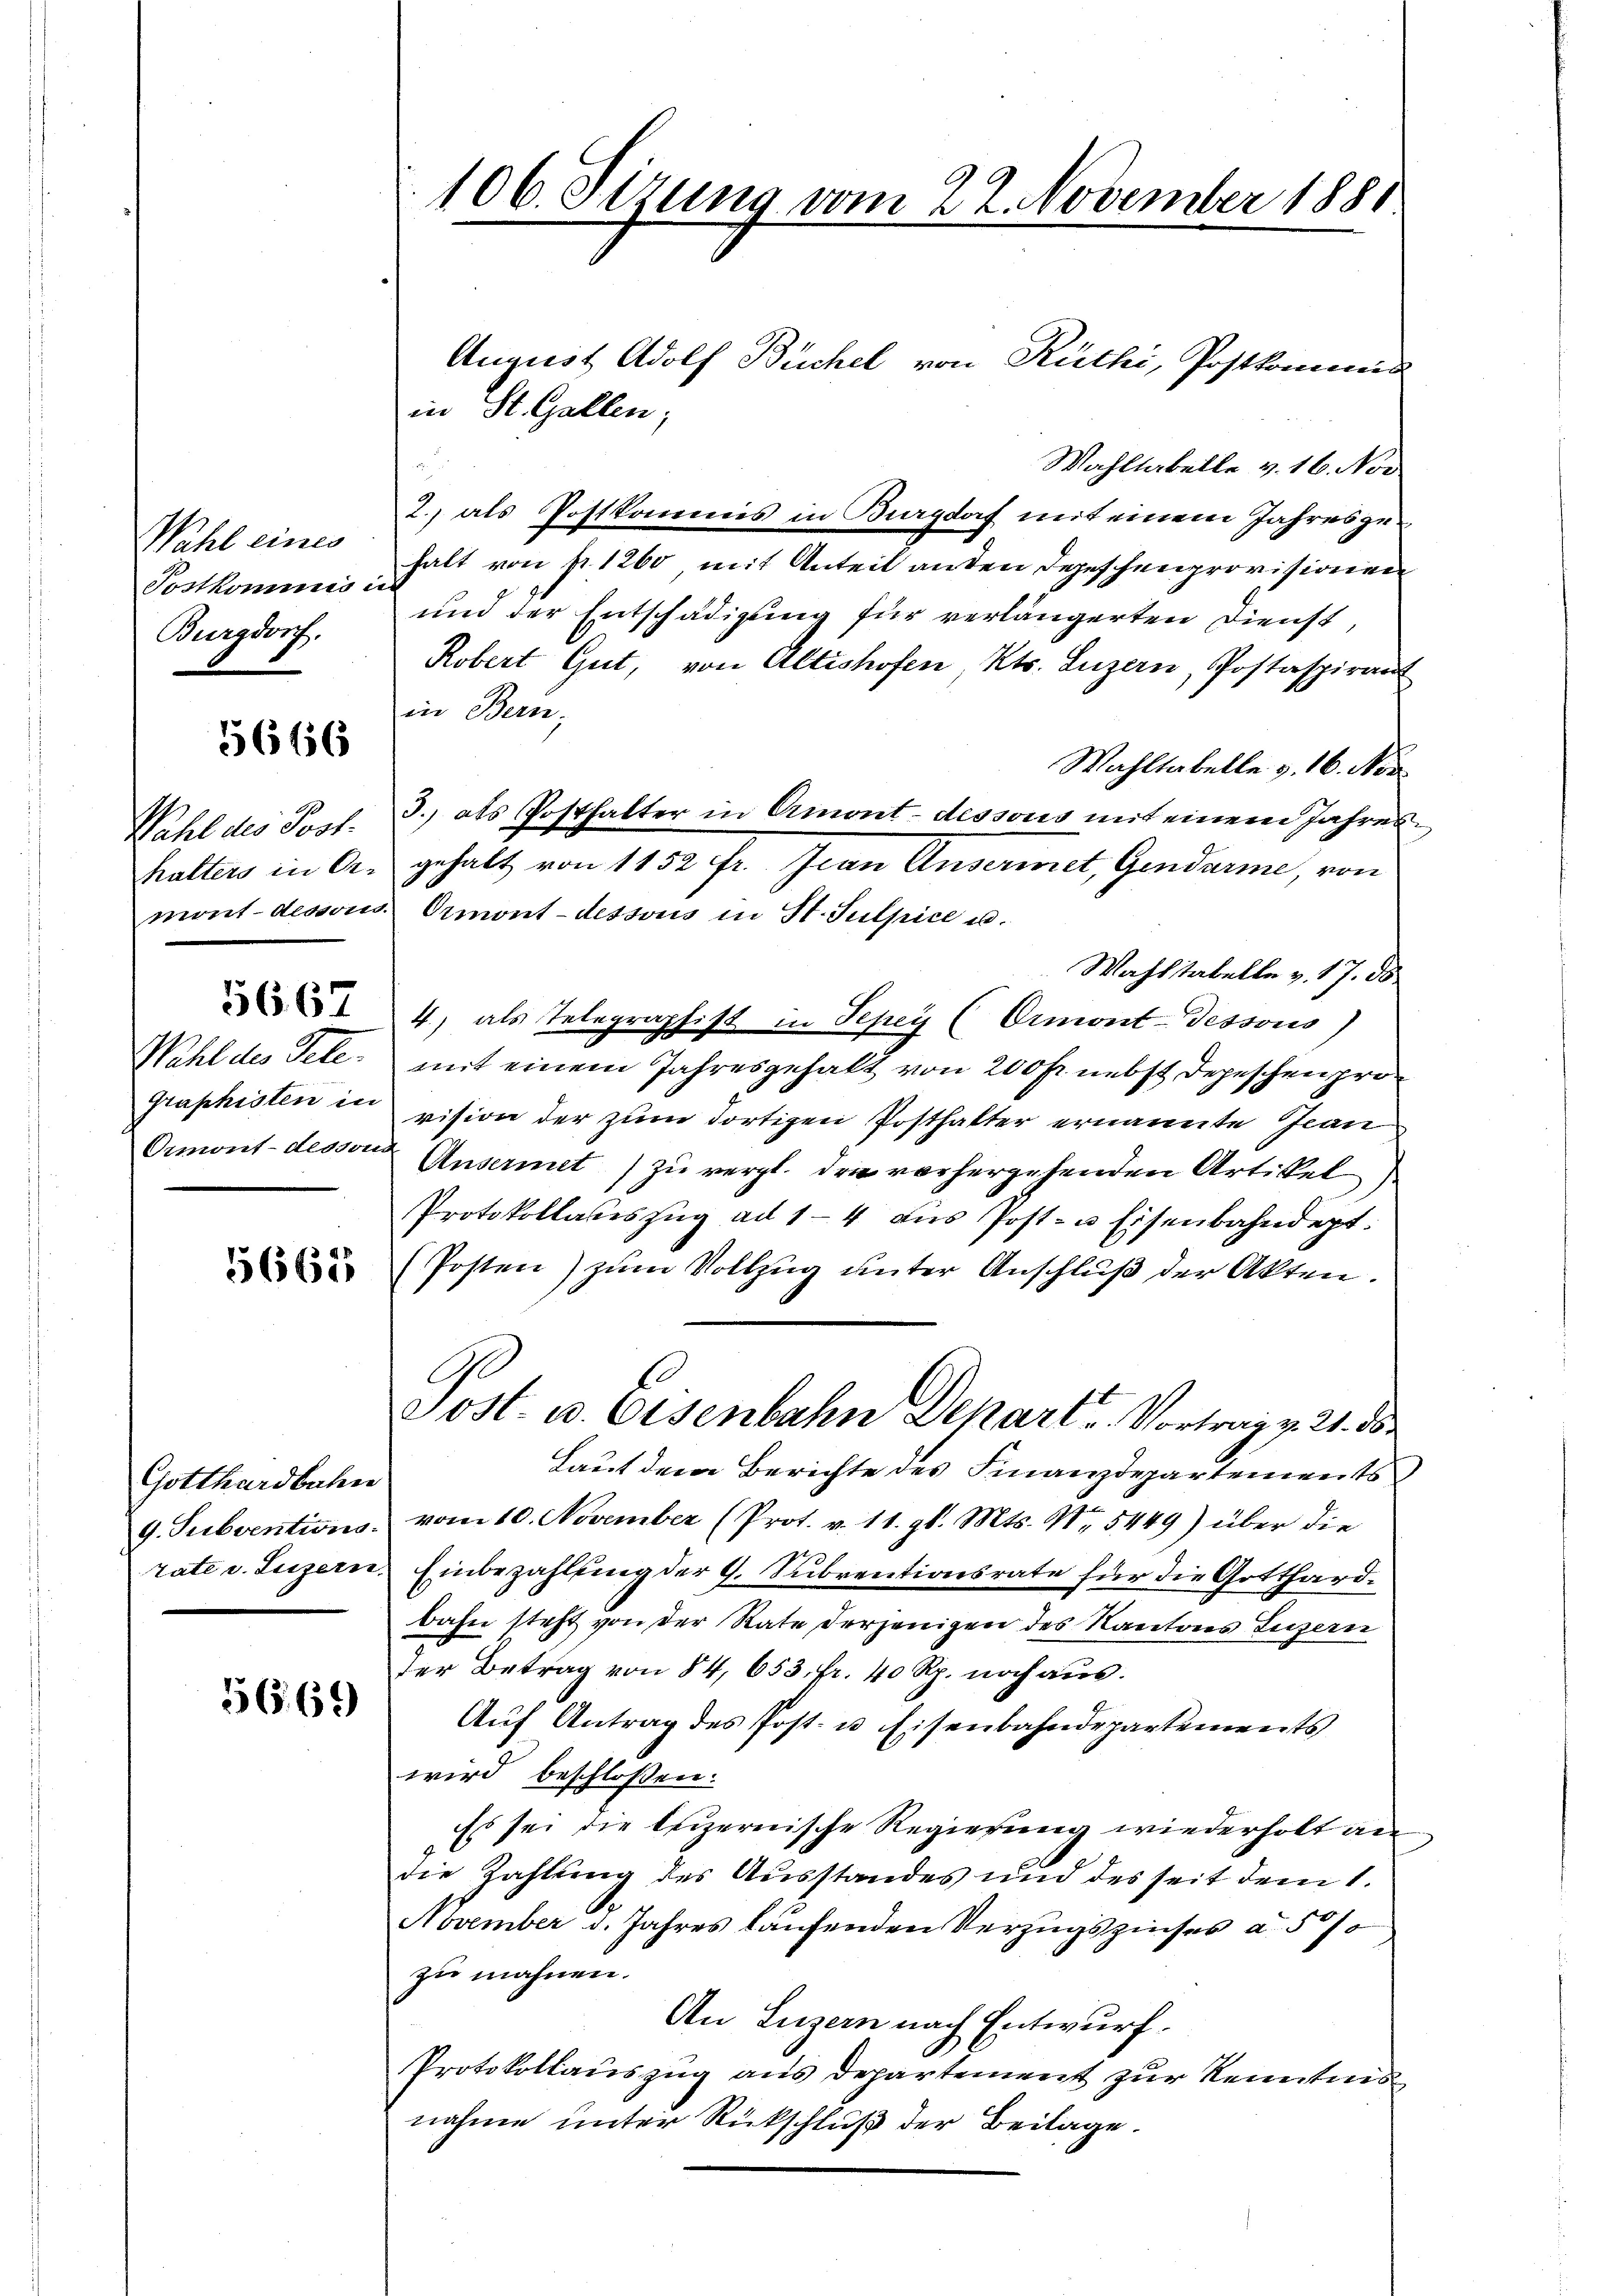
Wahl eines
Postkommis in
Burgdorf.

5666

Ormont-dessend

Gotthardbahn

56. 69

August Adolf Büchel von Rüthi, Postkommis
.
Wahllabelle v. 16. Nov
2.) als Postkommis in Burgdorf mit einem Jahresgehalt von fr. 1260, mit Anteil anden Depeschenprovisionen
und der Entschädigung für verlängerten Dienst,
Robert Gut, von Altishofen, Kts. Luzern, Postaspirant
in Bern,
Wahltabelle v. 16. Nor
halters in O. gehalt von 1152 fr. Jean Ansermet, Gendarme, von
mont-dessous Ormont-dessous in St. Sulpice u.
Wahlstabelle v. 17. ds.
4, als Telegraphist in Tepey (Ormont-dessous)
Wahl des Tele, mit einem Jahresgehalt von 200 fr. nebst Depeschen prographisten in vision der zum dortigen Posthalter ernannte Jean
Ansermet) zu vergl. den vorhergehenden Artikel
Protokollates Zŭg ad 1-4 aŭs Post- u Eisenbahndept:
 (Posten) zum Vollzug unter Anschluß der Akten.
Sost. u. Eisenbahn Departe Vortrag v. 21. d
Laut dem Berichte des Finanzdepartements
G. Subventions vom 10. November (Prot. v. 11. gl. Mts. No. 5449) über die
rate v. Luzern, Einbezahlung der 9. Subventionsrate für die Gotthardbahn steht von der Rate derjenigen des Kantones Luzern
der Betrag von 84, 653. fr. 40 Rp. noch aus.
Aŭf Antrag des Post- u. Eisenbahndepartements
wird beschlossen:
Es sei die beizernische Regierung wiederholt an
die Zahlung des Ausstandes und des seit dem 1.
November d. Jahres laufenden Verzugszinses a 5 0/0
zu mahnen.
An Luzern nach Entwurf.
Protokollauszug aus Departement zur Kenntnis
nahme unter Rückschluß der Beilage.

106. Sizung vom 22. November 1881

in St. Gallen;

Wahl des Post. 3.) als Posthalter in Ormont-dessous mit einem Jahres